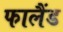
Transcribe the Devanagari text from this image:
फालैंड